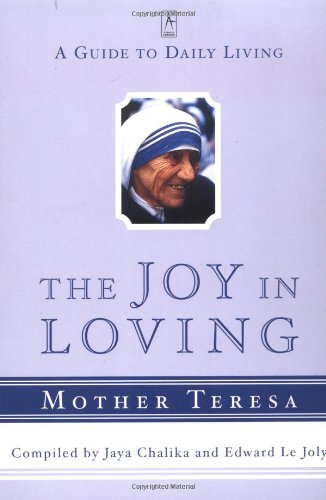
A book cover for The Joy in Loving: A Guide to Daily Living (Compass); Mother Teresa; Christian Books & Bibles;